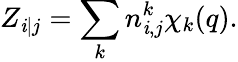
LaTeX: Z_{\mathit{i}|j}=\sum_{k}n_{\mathit{i},j}^{k}\chi_{k}(q).